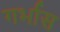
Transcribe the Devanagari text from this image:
गर्भास